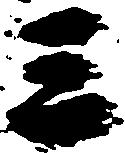
三